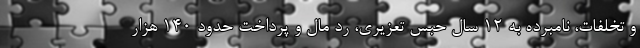
و تخلفات، نامبرده به ۱۲ سال حبس تعزیری، رد مال و پرداخت حدود ۱۴۰ هزار